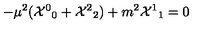
- \mu ^ { 2 } ( { { \cal X } ^ { 0 } } _ { 0 } + { { \cal X } ^ { 2 } } _ { 2 } ) + m ^ { 2 } { { \cal X } ^ { 1 } } _ { 1 } = 0